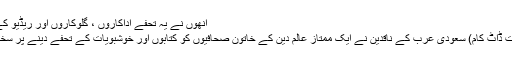
اُنھوں نے یہ تحفے اداکاروں ، گلوکاروں اور ریڈیو کے میزبانوں کو پیش کئ
دوبئی 9 جنوری (سیاست ڈاٹ کام) سعودی عرب کے ناقدین نے ایک ممتاز عالم دین کے خاتون صحافیوں کو کتابوں اور خوشبویات کے تحفے دینے پر سخت برہمی ظاہر کی ہے۔